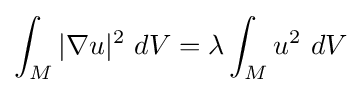
\int _{M}|\nabla u|^{2}\ dV=\lambda \int _{M}u^{2}\ dV